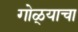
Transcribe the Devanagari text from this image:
गोळ्याचा